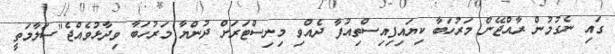
ގައި ނެގުމުން ރާއްޖޭން މަރުހަބާ ކިޔައިފިއިސްތިއުފާ ދެއްވި މިނިސްޓަރަށް ދުންޔާ މަރުހަބާ ވިދާޅުވެއްޖެ"ސަލާމަތީ